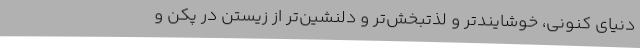
دنیای کنونی، خوشایندتر و لذتبخش‌تر و دلنشین‌تر از زیستن در پکن و